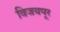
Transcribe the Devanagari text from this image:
विजयपूर